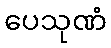
ပေသုဏံ